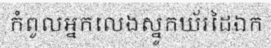
កំពូលអ្នកលេងស្នូកឃ័រដៃឯក